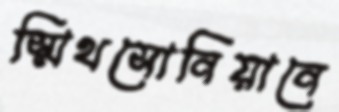
স্মিথসোনিয়ানে